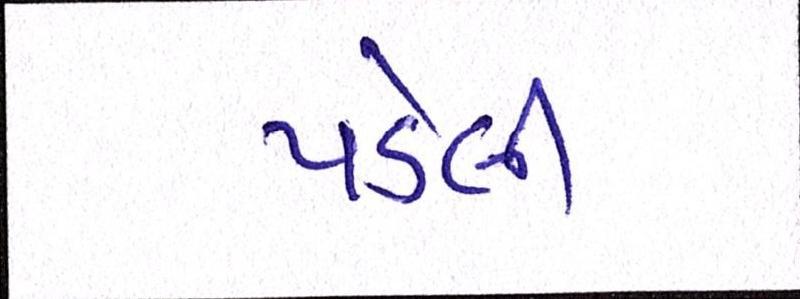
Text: પડેલી